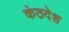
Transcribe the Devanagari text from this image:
कंठदेश